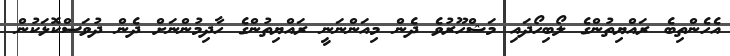
އެހެންތިބެ ރައްޔިތުންގެ ލޯބިހޯދައި މަޝްހޫރުވެ ދެން މިއަންނަނީ ރައްޔިތުންގެ ހާދިމުންނަށް ދެން ދުވަސްކޮޅަކުން